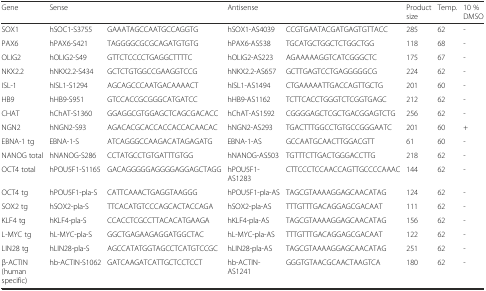
<table><thead><tr><td><b>Gene</b></td><td colspan="2"><b>Sense</b></td><td colspan="2"><b>Antisense</b></td><td><b>Product size</b></td><td><b>Temp.</b></td><td><b>10 % DMSO</b></td></tr></thead><tbody><tr><td>SOX1</td><td>hSOC1-S3755</td><td>GAAATAGCCAATGCCAGGTG</td><td>hSOX1-AS4039</td><td>CCGTGAATACGATGAGTGTTACC</td><td>285</td><td>62</td><td>-</td></tr><tr><td>PAX6</td><td>hPAX6-S421</td><td>TAGGGGCGCGCAGATGTGTG</td><td>hPAX6-AS538</td><td>TGCATGCTGGCTCTGGCTGG</td><td>118</td><td>68</td><td>-</td></tr><tr><td>OLIG2</td><td>hOLIG2-S49</td><td>GTTCTCCCCTGAGGCTTTTC</td><td>hOLIG2-AS223</td><td>AGAAAAAGGTCATCGGGCTC</td><td>175</td><td>67</td><td>-</td></tr><tr><td>NKX2.2</td><td>hNKX2.2-S434</td><td>GCTCTGTGGCCGAAGGTCCG</td><td>hNKX2.2-AS657</td><td>GCTTGAGTCCTGAGGGGGCG</td><td>224</td><td>62</td><td>-</td></tr><tr><td>ISL-1</td><td>hISL1-S1294</td><td>AGCAGCCCAATGACAAAACT</td><td>hISL1-AS1494</td><td>CTGAAAAATTGACCAGTTGCTG</td><td>201</td><td>60</td><td>-</td></tr><tr><td>HB9</td><td>hHB9-S951</td><td>GTCCACCGCGGGCATGATCC</td><td>hHB9-AS1162</td><td>TCTTCACCTGGGTCTCGGTGAGC</td><td>212</td><td>62</td><td>-</td></tr><tr><td>CHAT</td><td>hChAT-S1360</td><td>GGAGGCGTGGAGCTCAGCGACACC</td><td>hChAT-AS1592</td><td>CGGGGAGCTCGCTGACGGAGTCTG</td><td>256</td><td>62</td><td>-</td></tr><tr><td>NGN2</td><td>hNGN2-S93</td><td>AGACACGCACCACCACCACAACAC</td><td>hNGN2-AS293</td><td>TGACTTTGGCCTGTGCCGGGAATC</td><td>201</td><td>60</td><td>+</td></tr><tr><td>EBNA-1 tg</td><td>EBNA-1-S</td><td>ATCAGGGCCAAGACATAGAGATG</td><td>EBNA-1-AS</td><td>GCCAATGCAACTTGGACGTT</td><td>61</td><td>60</td><td>-</td></tr><tr><td>NANOG total</td><td>hNANOG-S286</td><td>CCTATGCCTGTGATTTGTGG</td><td>hNANOG-AS503</td><td>TGTTTCTTGACTGGGACCTTG</td><td>218</td><td>62</td><td>-</td></tr><tr><td>OCT4 total</td><td>hPOU5F1-S1165</td><td>GACAGGGGGAGGGGAGGAGCTAGG</td><td>hPOU5F1-AS1283</td><td>CTTCCCTCCAACCAGTTGCCCCAAAC</td><td>144</td><td>62</td><td>-</td></tr><tr><td>OCT4 tg</td><td>hPOU5F1-pla-S</td><td>CATTCAAACTGAGGTAAGGG</td><td>hPOU5F1-pla-AS</td><td>TAGCGTAAAAGGAGCAACATAG</td><td>124</td><td>62</td><td>-</td></tr><tr><td>SOX2 tg</td><td>hSOX2-pla-S</td><td>TTCACATGTCCCAGCACTACCAGA</td><td>hSOX2-pla-AS</td><td>TTTGTTTGACAGGAGCGACAAT</td><td>111</td><td>62</td><td>-</td></tr><tr><td>KLF4 tg</td><td>hKLF4-pla-S</td><td>CCACCTCGCCTTACACATGAAGA</td><td>hKLF4-pla-AS</td><td>TAGCGTAAAAGGAGCAACATAG</td><td>156</td><td>62</td><td>-</td></tr><tr><td>L-MYC tg</td><td>hL-MYC-pla-S</td><td>GGCTGAGAAGAGGATGGCTAC</td><td>hL-MYC-pla-AS</td><td>TTTGTTTGACAGGAGCGACAAT</td><td>122</td><td>62</td><td>-</td></tr><tr><td>LIN28 tg</td><td>hLIN28-pla-S</td><td>AGCCATATGGTAGCCTCATGTCCGC</td><td>hLIN28-pla-AS</td><td>TAGCGTAAAAGGAGCAACATAG</td><td>251</td><td>62</td><td>-</td></tr><tr><td>β-ACTIN (human specific)</td><td>hb-ACTIN-S1062</td><td>GATCAAGATCATTGCTCCTCCT</td><td>hb-ACTIN-AS1241</td><td>GGGTGTAACGCAACTAAGTCA</td><td>180</td><td>62</td><td>-</td></tr></tbody></table>